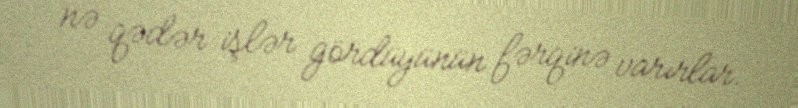
nə qədər işlər gördüyünün fərqinə varırlar.